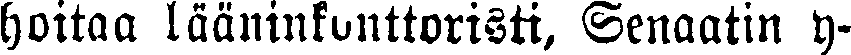
hoitaa lääninkonttoristi, Senaatin y-